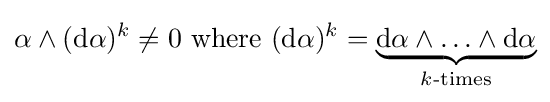
\alpha \wedge ({\text{d}}\alpha )^{k}\neq 0\ {\text{where}}\ ({\text{d}}\alpha )^{k}=\underbrace {{\text{d}}\alpha \wedge \ldots \wedge {\text{d}}\alpha } _{k{\text{-times}}}